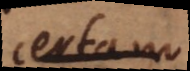
certam